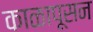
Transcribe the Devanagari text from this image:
काळापूसन